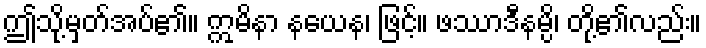
ဤသို့မှတ်အပ်၏။ ဣမိနာ နယေန၊ ဖြင့်။ ဖဿာဒီနမ္ပိ၊ တို့၏လည်း။